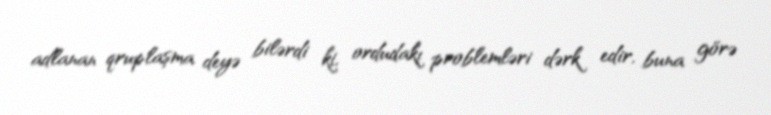
adlanan qruplaşma deyə bilərdi ki, ordudakı problemləri dərk edir, buna görə